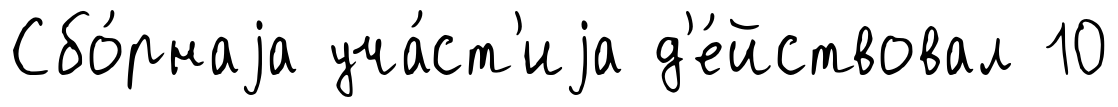
Сбо́рнаjа уча́ст'иjа д'е́йствовал 10